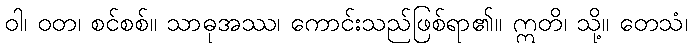
ဝါ၊ ဝတ၊ စင်စစ်။ သာဓုအဿ၊ ကောင်းသည်ဖြစ်ရာ၏။ ဣတိ၊ သို့။ တေသံ၊